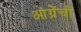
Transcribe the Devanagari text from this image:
आंग्रेंची